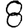
Digit: 8